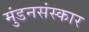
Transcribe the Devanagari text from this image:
मुंडनसंस्कार